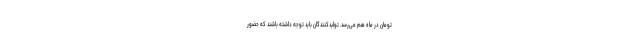
تومان در ماه هم می‌رسد. تولیدکنندگان باید توجه داشته باشند که حضور